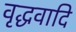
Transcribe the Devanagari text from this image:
वृद्धवादि